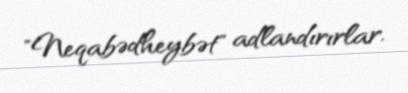
"Neqabədheybət" adlandırırlar.